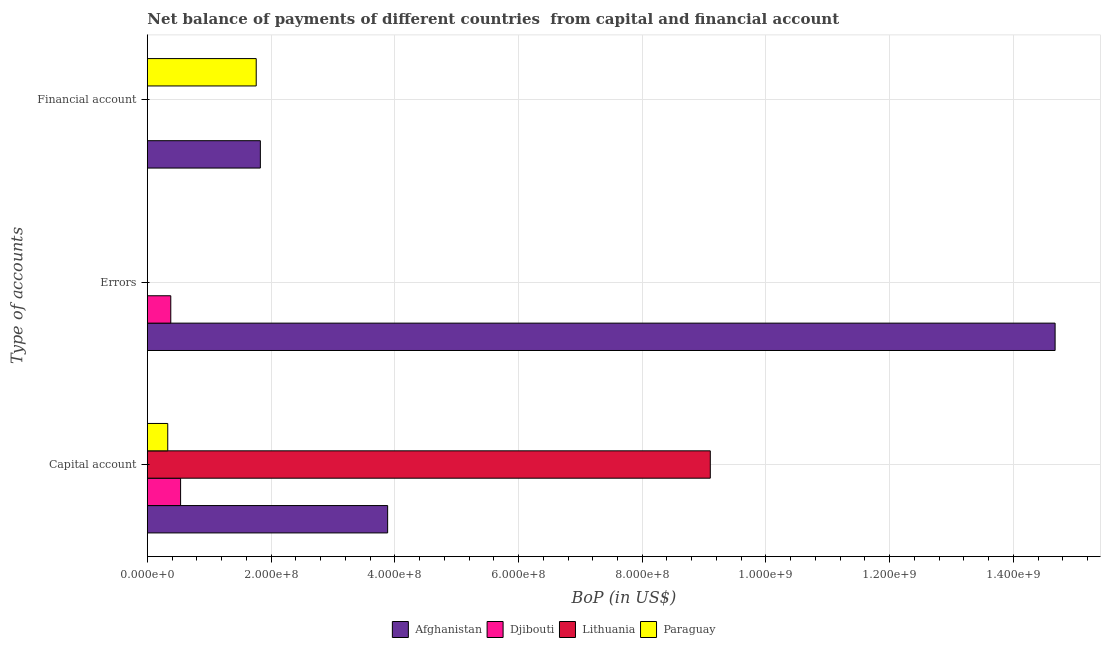
| Type of accounts | Afghanistan | Djibouti | Lithuania | Paraguay |
 | --- | --- | --- | --- | --- |
 | Capital account | 3.88e+08 | 5.37e+07 | 9.1e+08 | 3.3e+07 |
 | Errors | 1.47e+09 | 3.79e+07 | -4.73e+07 | -4.02e+07 |
 | Financial account | 1.83e+08 | -1.34e+08 | -5.53e+09 | 1.76e+08 |